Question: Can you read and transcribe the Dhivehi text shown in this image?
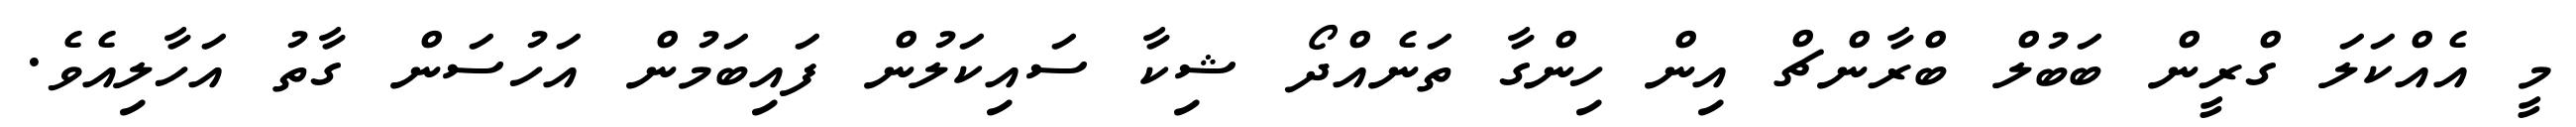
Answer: މީ އެއްކަލަ ގްރީން ބަބުލް ބްރާންޗް އިން ހިންގާ ތަނެއްދޯ ޝިކާ ސައިކަލުން ފައިބަމުން އަހުސަން ގާތު އަހާލިއެވެ.